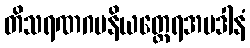
တိသရဏဂမနိယတ္ထေရအပဒါနံ